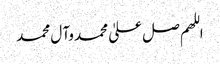
اللھم صل علیٰ محمد وآ ل محمد